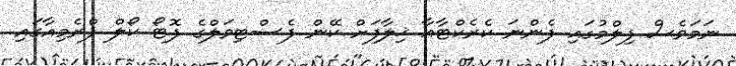
ނަމަވެސް ފިލްމުގައި ފެންނަ ކެރެކްޓާއާ ޚިލާފަށް ކޭން ފެސްޓިވަލްގެ ފޮޓޯ ކޯލް ޕްރެމިއާގައި